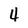
Character: 4